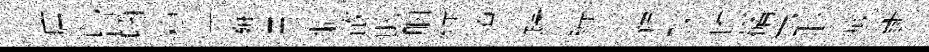
唐皆喃稳苧辭思僻散助胭緹潦蹀綜驾拜珠雎磻完聆族斵